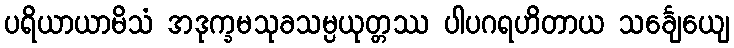
ပရိယာယာမိသံ အဒုက္ခမသုခသမ္ပယုတ္တဿ ပါပဂရဟိတာယ သင်္ချေယျေ